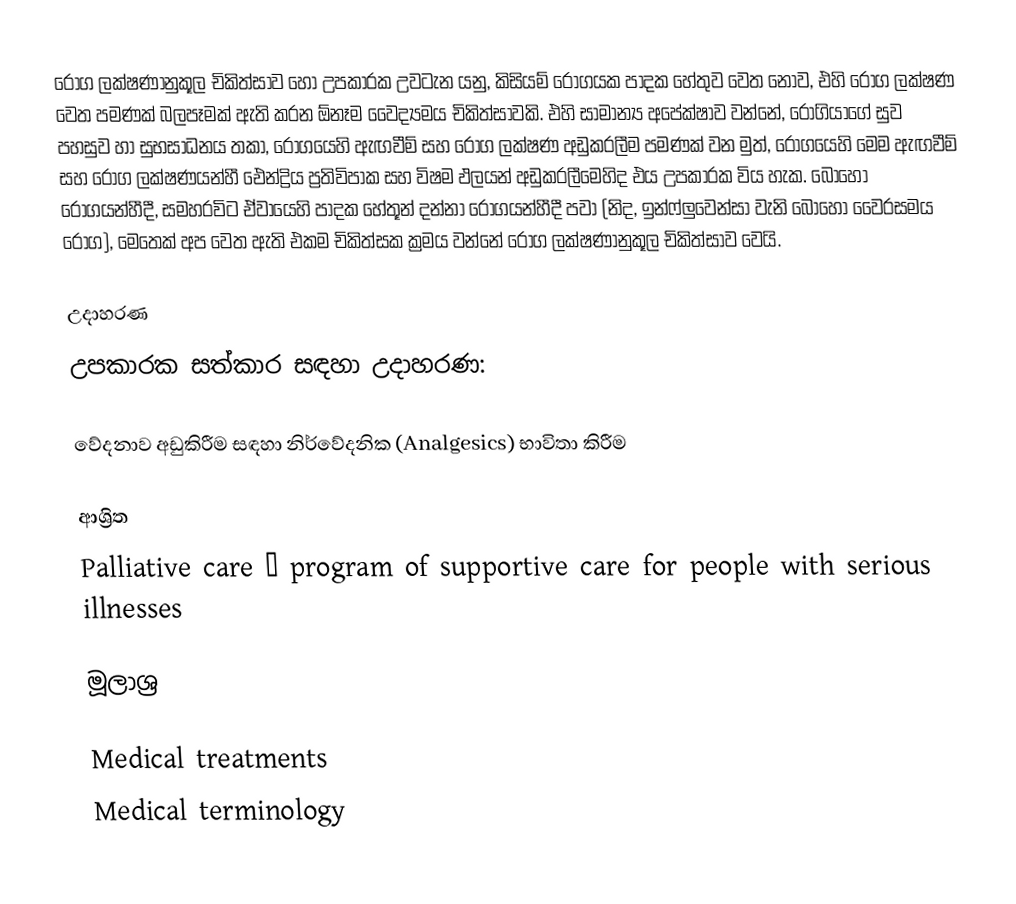
රෝග ලක්ෂණානුකූල චිකිත්සාව හෝ උපකාරක උවටැන යනු,  කිසියම් රෝගයක පාදක හේතුව වෙත නොව, එහි රෝග ලක්ෂණ වෙත පමණක් බලපෑමක් ඇති කරන ඕනෑම  වෛද්‍යමය චිකිත්සාවකි. එහි සාමාන්‍ය අපේක්ෂාව වන්නේ, රෝගියාගේ සුව පහසුව හා සුභසාධනය තකා, රෝගයෙහි ඇඟවීම් සහ රෝග ලක්ෂණ අඩුකරලීම පමණක් වන මුත්, රෝගයෙහි මෙම ඇඟවීම් සහ රෝග ලක්ෂණයන්හී  ඓන්ද්‍රිය ප්‍රතිවිපාක සහ විෂම ඵලයන් අඩුකරලීමෙහිද එය උපකාරක විය හැක. බොහෝ රෝගයන්හීදී, සමහරවිට ඒවායෙහි පාදක හේතූන් දන්නා රෝගයන්හීදී පවා (නිද,  ඉන්ෆ්ලුවෙන්සා වැනි බොහෝ වෛරසමය රෝග), මෙතෙක් අප වෙත ඇති එකම චිකිත්සක ක්‍රමය වන්නේ රෝග ලක්ෂණානුකූල චිකිත්සාව වෙයි.

උදාහරණ
උපකාරක සත්කාර සඳහා උදාහරණ:

 වේදනාව අඩුකිරීම සඳහා නිර්වේදනික (Analgesics) භාවිතා කිරීම

ආශ්‍රිත
 Palliative care – program of supportive care for people with serious illnesses

මූලාශ්‍ර

Medical treatments
Medical terminology